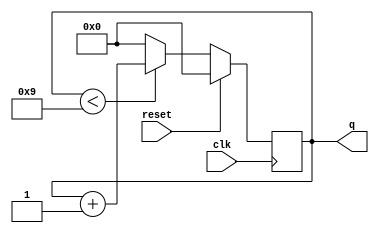
module top_module (
    input clk,
    input reset,        // Synchronous active-high reset
    output [3:0] q);
    always@(posedge clk) begin
        if(reset)
            q <= 4'h0;
        else begin
            if(q<9)
                q <= q + 1;
            else q <= 0; end
    end
endmodule